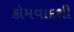
કોમવાદથી